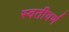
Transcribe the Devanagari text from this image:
स्वतीवर्ण